Civil Veterinary Dept. Bombay admin report 1932-41 - 1932-1941
Year: 1932
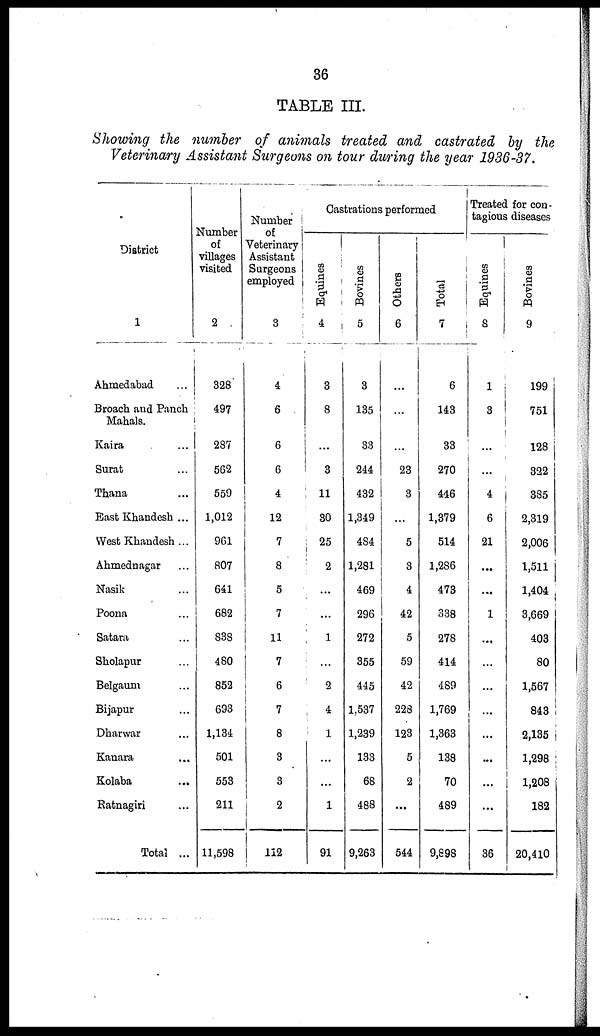
36
TABLE III.
Showing the number of animals treated and castrated by the
Veterinary Assistant Surgeons on tour during the year 1936-37.
District
1
Ahmedabad ...
Broach and Panch
Mahals.
Kaira ...
Surat ...
Thana ...
East Khandesh ...
West Khandesh ...
Ahmednagar ...
Nasik ...
Poona ...
Satara ...
Sholapur ...
Belgaum ...
Bijapur ...
Dharwar ...
Kanara ...
Kolaba ...
Ratnagiri ...
Total ...
Number
of
villages
visited
2
328
497
287
562
559
1,012
961
807
641
682
838
480
852
693
1,134
501
553
211
11,598
Number
of
Veterinary
Assistant
Surgeons
employed
3
4
6
6
6
4
12
7
8
5
7
11
7
6
7
8
3
3
2
112
Castrations performed
Equines
4
3
8
...
3
11
30
25
2
...
...
1
...
2
4
1
...
...
1
91
Bovines
5
3
135
33
244
432
1,349
484
1,281
469
296
272
355
445
1,537
1,239
133
68
488
9,263
Others
6
...
...
...
23
3
...
5
3
4
42
5
59
42
228
123
5
2
...
544
Total
7
6
143
33
270
446
1,379
514
1,286
473
338
278
414
489
1,769
1,363
138
70
489
9,898
Treated for con-
tagious diseases
Equines
8
1
3
...
...
4
6
21
...
...
1
...
...
...
...
...
...
...
...
36
Bovines
9
199
751
128
322
385
2,319
2,006
1,511
1,404
3,669
403
80
1,567
843
2,135
1,298
1,208
182
20,410